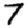
Digit: 7